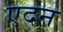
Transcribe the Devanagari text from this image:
एदन